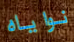
نواياه